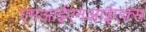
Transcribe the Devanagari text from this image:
एमआईएनआईएक्स